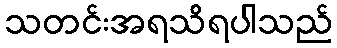
သတင်းအရသိရပါသည်